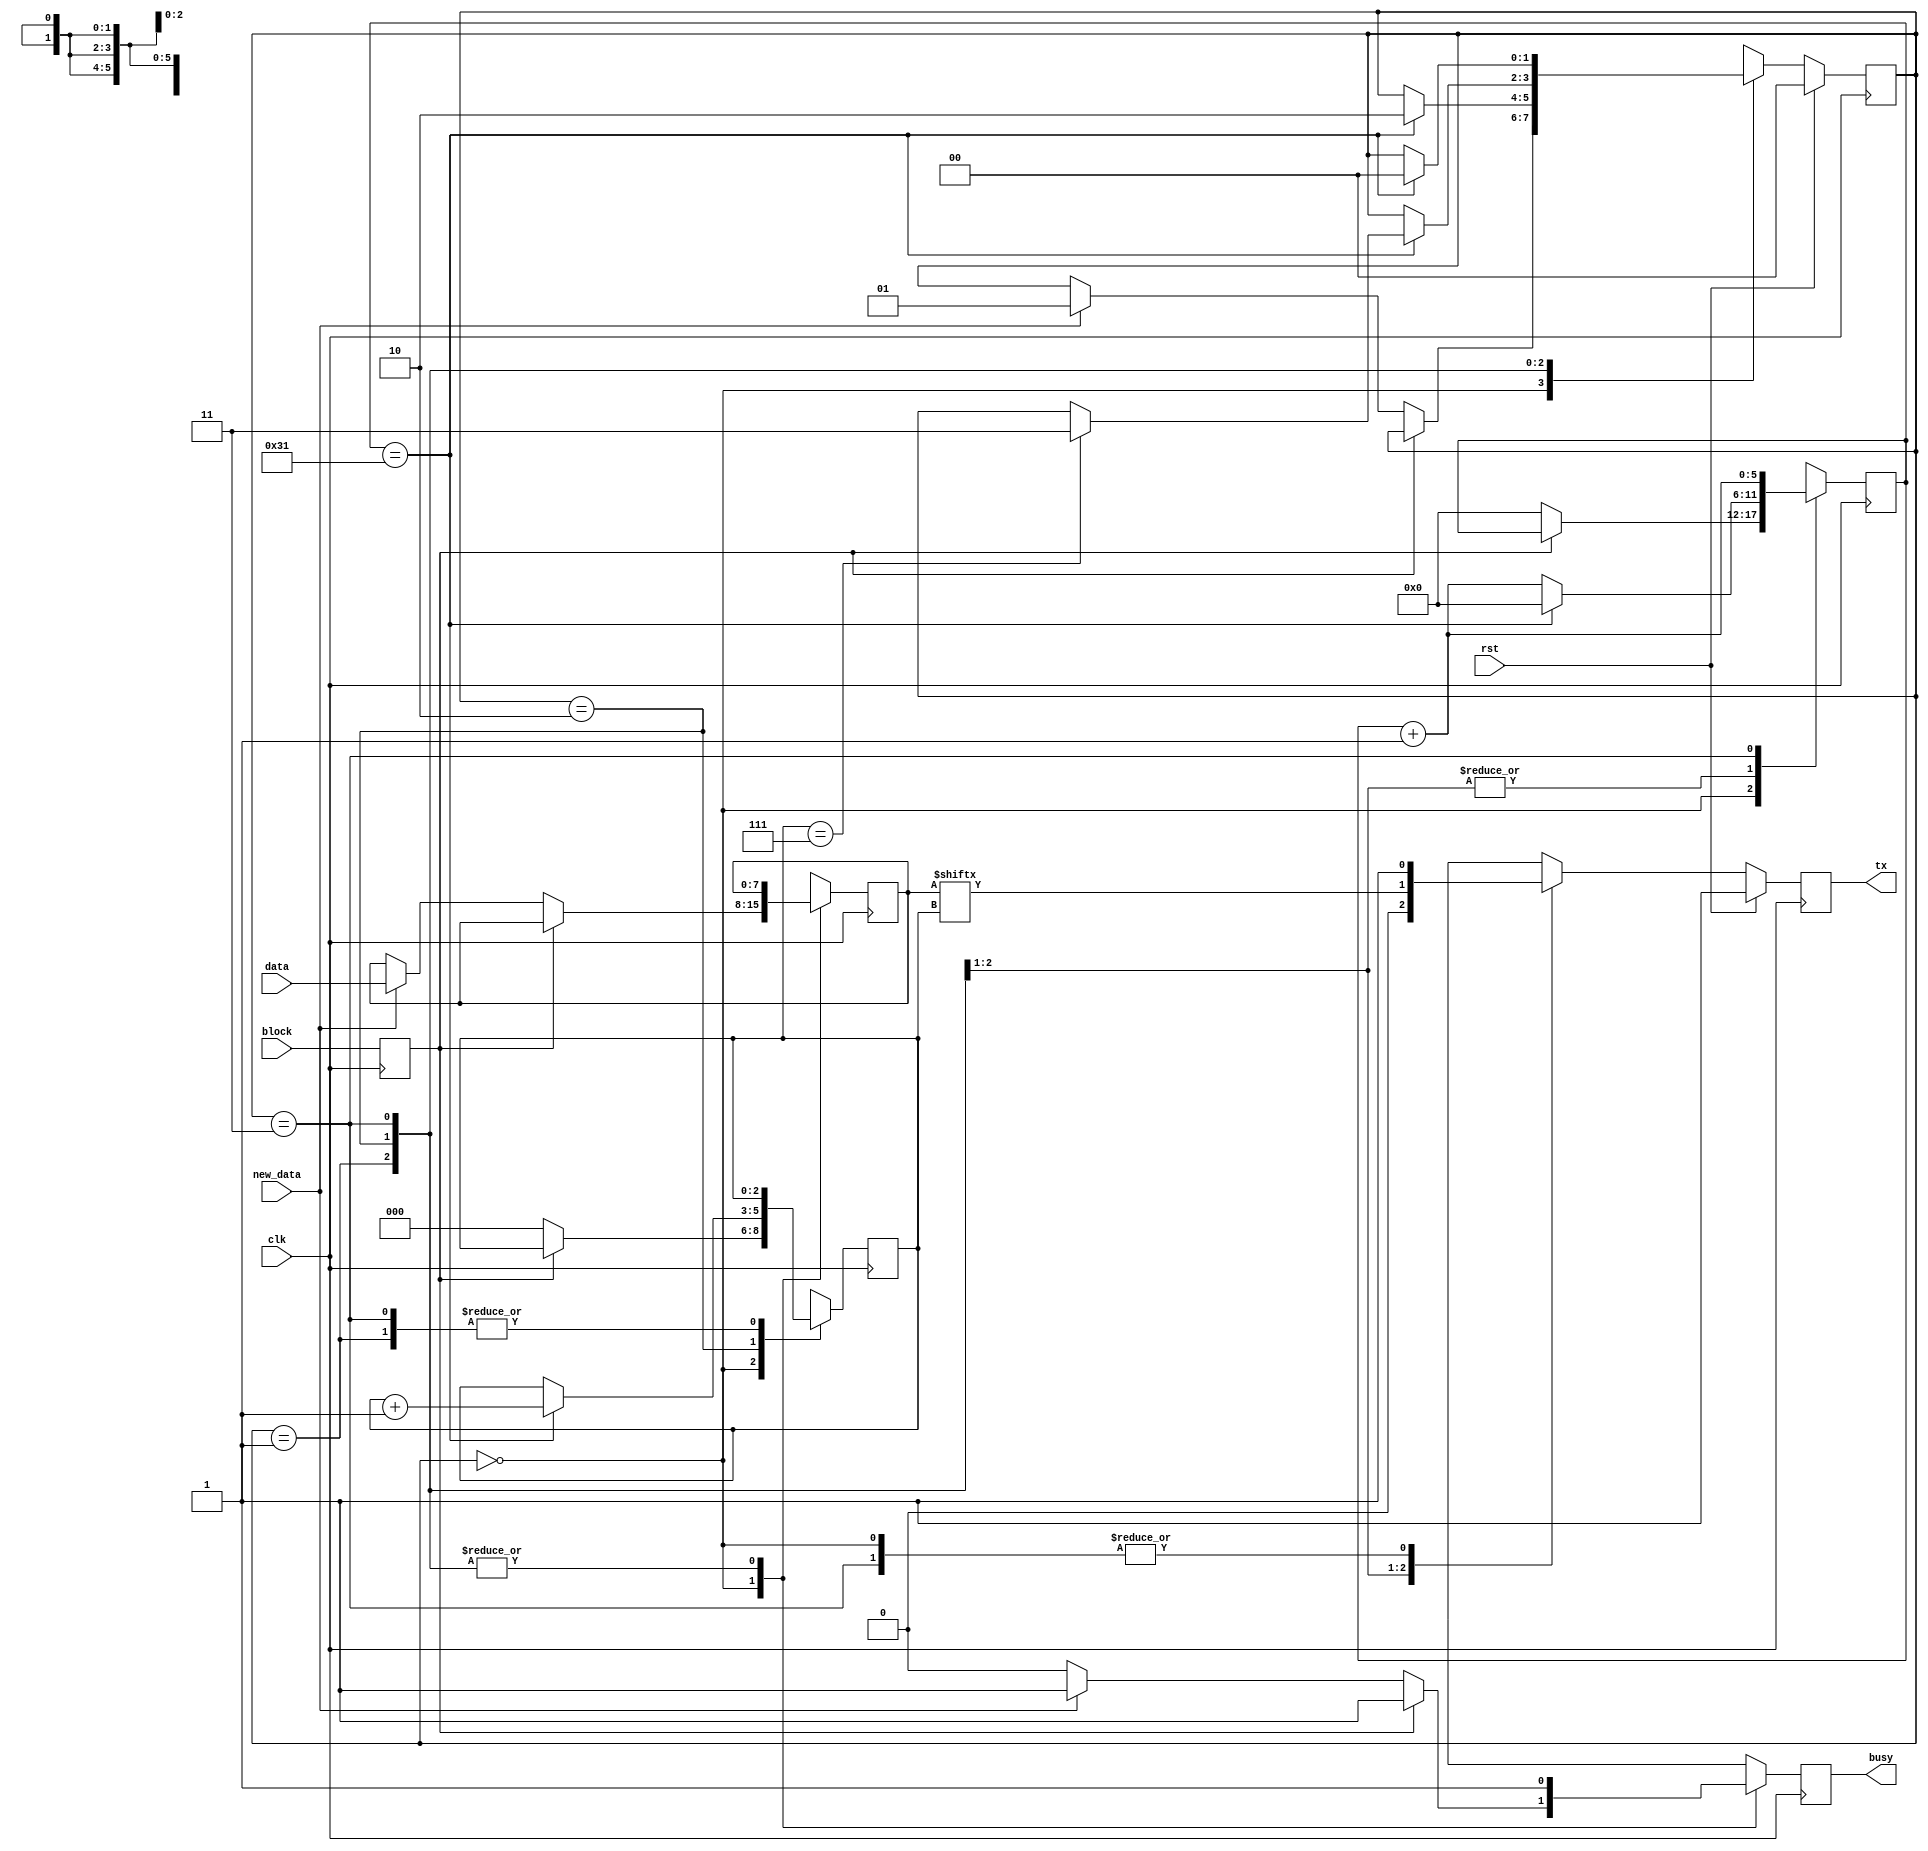
// This program was cloned from: https://github.com/embmicro/mojo-base-project
// License: MIT License

module serial_tx #(
        parameter CLK_PER_BIT = 50
    )(
        input clk,
        input rst,
        output tx,
        input block,
        output busy,
        input [7:0] data,
        input new_data
    );

    // clog2 is 'ceiling of log base 2' which gives you the number of bits needed to store a value
    parameter CTR_SIZE = $clog2(CLK_PER_BIT);

    localparam STATE_SIZE = 2;
    localparam IDLE = 2'd0,
    START_BIT = 2'd1,
    DATA = 2'd2,
    STOP_BIT = 2'd3;

    reg [CTR_SIZE-1:0] ctr_d, ctr_q;
    reg [2:0] bit_ctr_d, bit_ctr_q;
    reg [7:0] data_d, data_q;
    reg [STATE_SIZE-1:0] state_d, state_q = IDLE;
    reg tx_d, tx_q;
    reg busy_d, busy_q;
    reg block_d, block_q;

    assign tx = tx_q;
    assign busy = busy_q;

    always @(*) begin
        block_d = block;
        ctr_d = ctr_q;
        bit_ctr_d = bit_ctr_q;
        data_d = data_q;
        state_d = state_q;
        busy_d = busy_q;

        case (state_q)
            IDLE: begin
                if (block_q) begin
                    busy_d = 1'b1;
                    tx_d = 1'b1;
                end else begin
                    busy_d = 1'b0;
                    tx_d = 1'b1;
                    bit_ctr_d = 3'b0;
                    ctr_d = 1'b0;
                    if (new_data) begin
                        data_d = data;
                        state_d = START_BIT;
                        busy_d = 1'b1;
                    end
                end
            end
            START_BIT: begin
                busy_d = 1'b1;
                ctr_d = ctr_q + 1'b1;
                tx_d = 1'b0;
                if (ctr_q == CLK_PER_BIT - 1) begin
                    ctr_d = 1'b0;
                    state_d = DATA;
                end
            end
            DATA: begin
                busy_d = 1'b1;
                tx_d = data_q[bit_ctr_q];
                ctr_d = ctr_q + 1'b1;
                if (ctr_q == CLK_PER_BIT - 1) begin
                    ctr_d = 1'b0;
                    bit_ctr_d = bit_ctr_q + 1'b1;
                    if (bit_ctr_q == 7) begin
                        state_d = STOP_BIT;
                    end
                end
            end
            STOP_BIT: begin
                busy_d = 1'b1;
                tx_d = 1'b1;
                ctr_d = ctr_q + 1'b1;
                if (ctr_q == CLK_PER_BIT - 1) begin
                    state_d = IDLE;
                end
            end
            default: begin
                state_d = IDLE;
            end
        endcase
    end

    always @(posedge clk) begin
        if (rst) begin
            state_q <= IDLE;
            tx_q <= 1'b1;
        end else begin
            state_q <= state_d;
            tx_q <= tx_d;
        end

        block_q <= block_d;
        data_q <= data_d;
        bit_ctr_q <= bit_ctr_d;
        ctr_q <= ctr_d;
        busy_q <= busy_d;
    end

endmodule